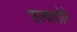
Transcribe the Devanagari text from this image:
सल्वातोरे